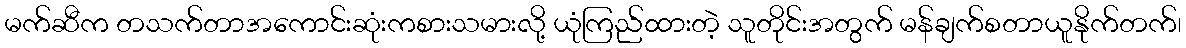
မက်ဆီက တသက်တာအကောင်းဆုံးကစားသမားလို့ ယုံကြည်ထားတဲ့ သူတိုင်းအတွက် မန်ချက်စတာယူနိုက်တက်၊